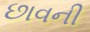
છાવની